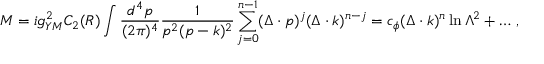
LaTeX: { \cal M } = i g _ { Y M } ^ { 2 } C _ { 2 } ( R ) \int { \frac { d ^ { 4 } p } { ( 2 \pi ) ^ { 4 } } } { \frac { 1 } { p ^ { 2 } ( p - k ) ^ { 2 } } } \sum _ { j = 0 } ^ { n - 1 } ( \Delta \cdot p ) ^ { j } ( \Delta \cdot k ) ^ { n - j } = c _ { \phi } ( \Delta \cdot k ) ^ { n } \ln \Lambda ^ { 2 } + \ldots \, ,